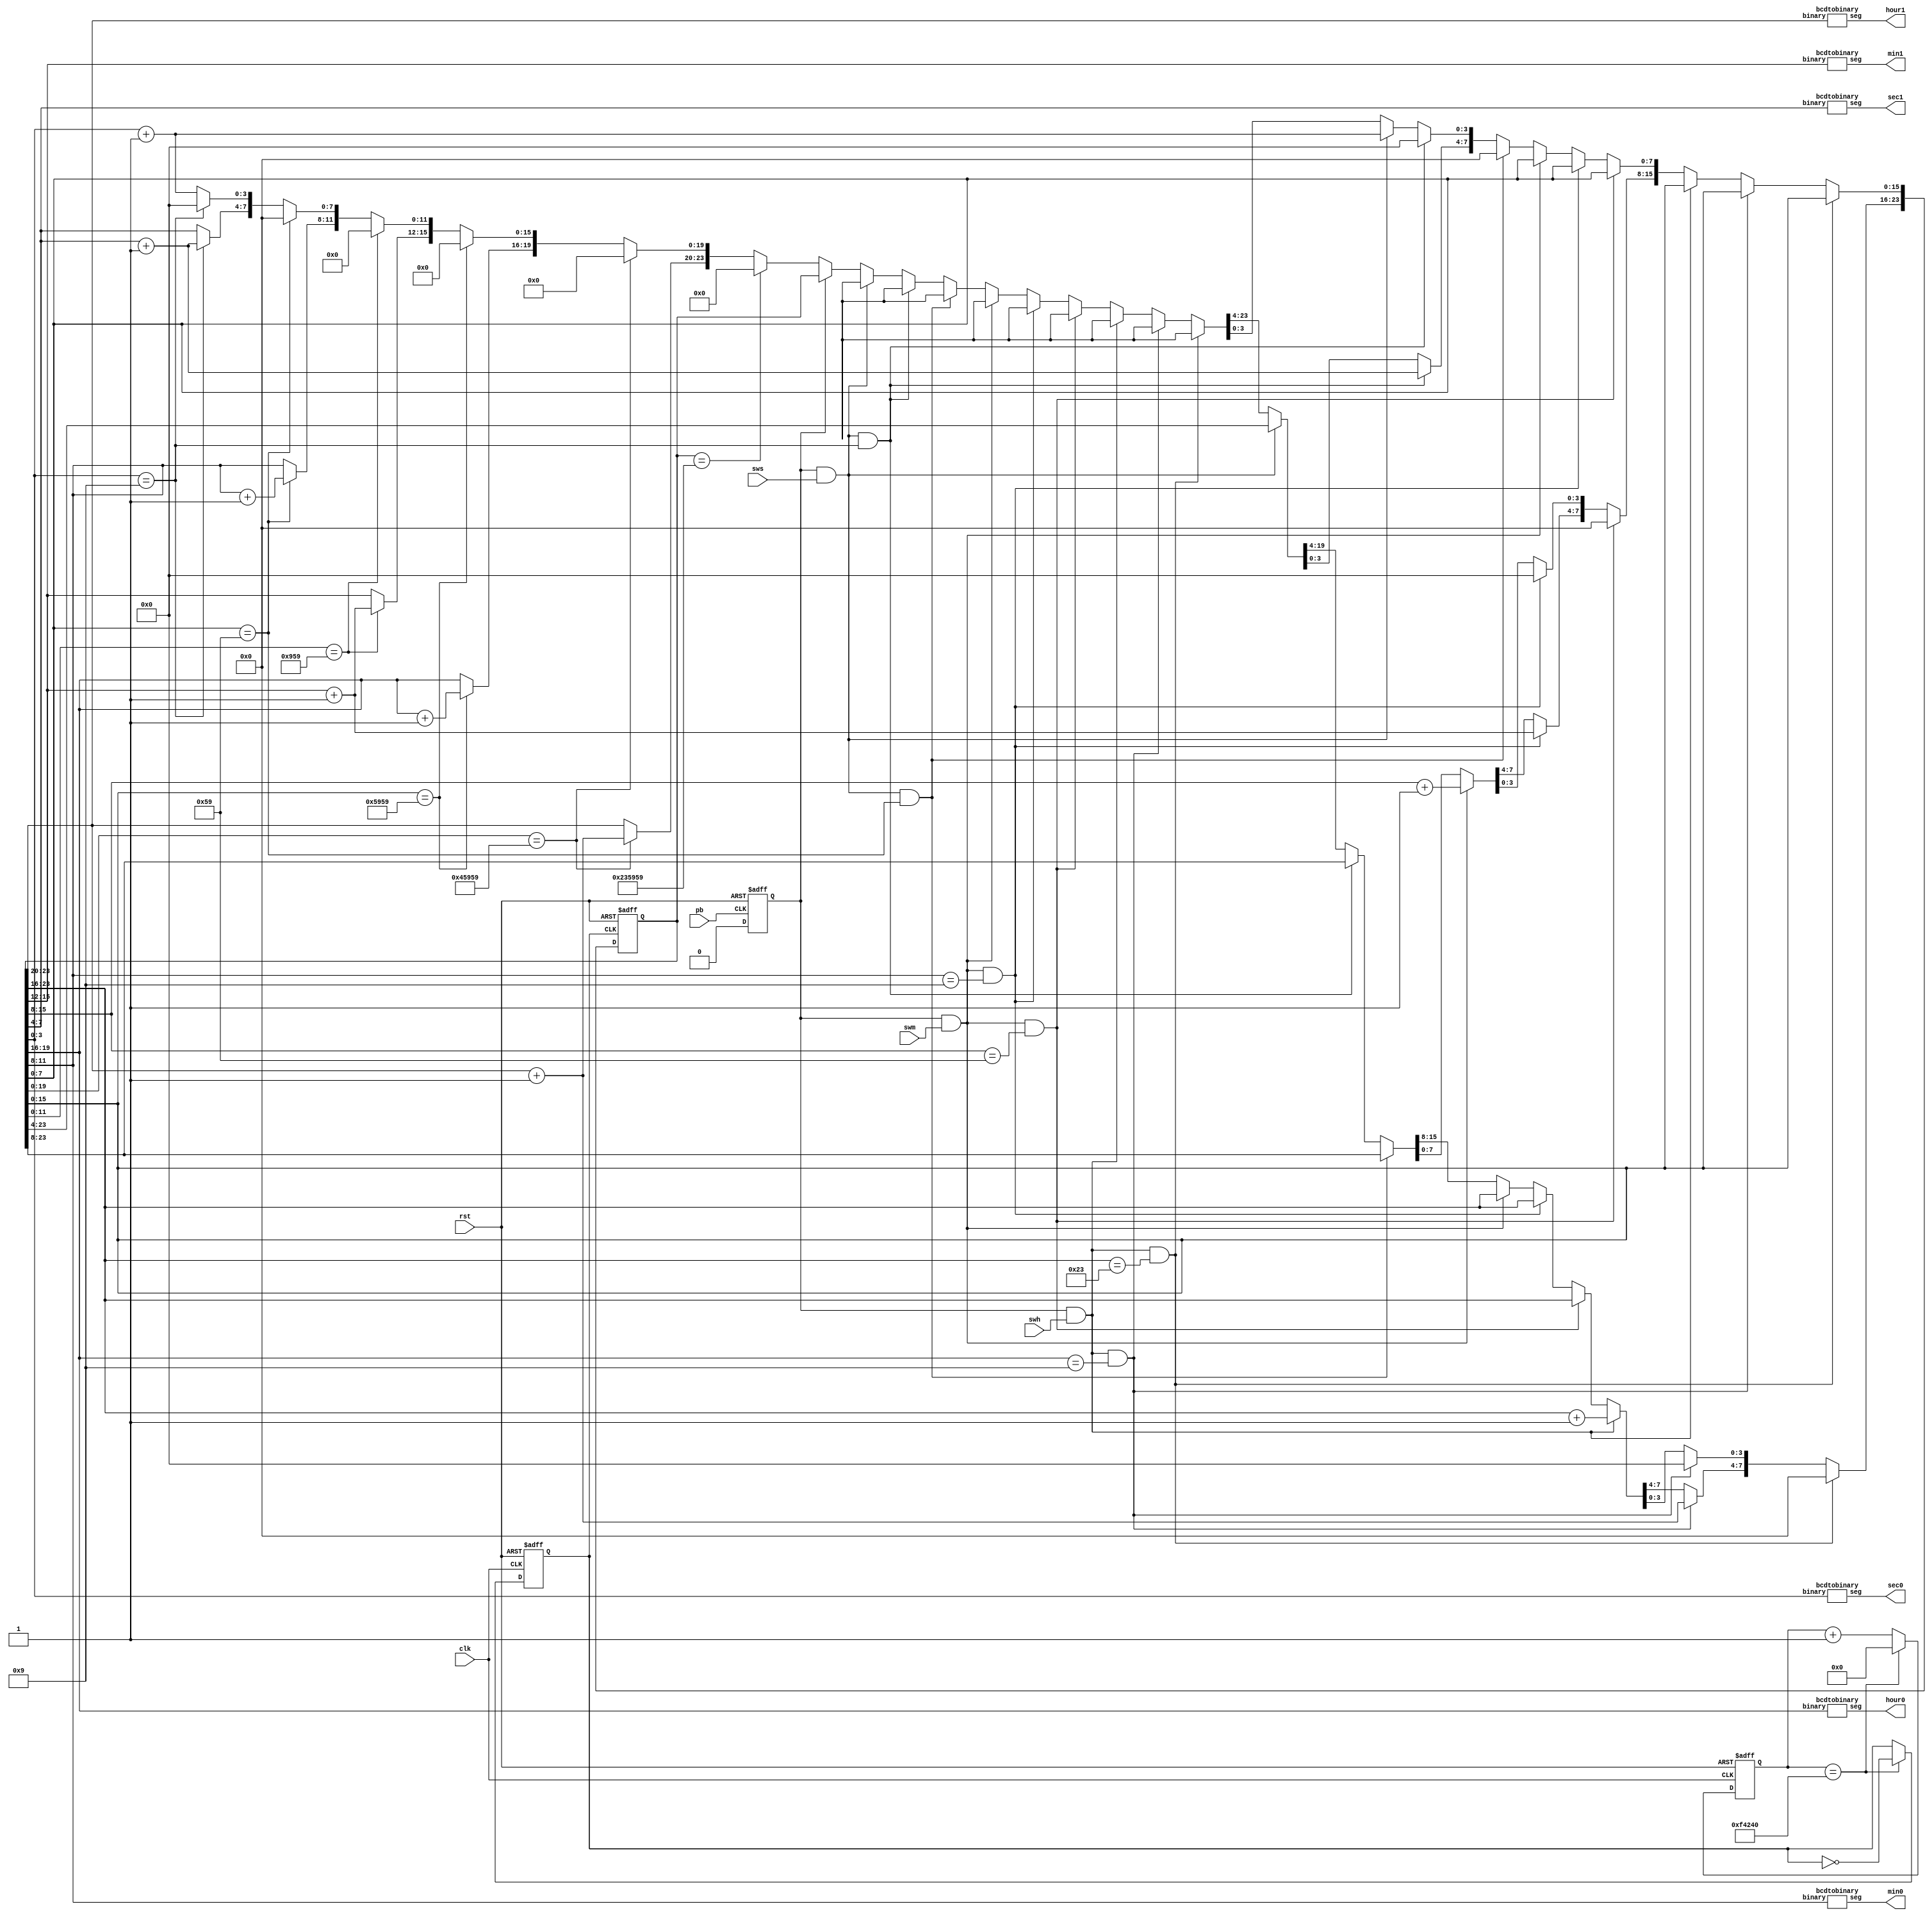
module timer(clk,rst,hour1,hour0,min1,min0,sec1,sec0,pb,swh,swm,sws);
	input clk,rst,pb,swh,swm,sws;
	output [6:0]hour1,hour0,min1,min0,sec1,sec0;
	reg [5:0]hour,min,sec;
	reg clk1;
	reg [24:0]count;
	reg stop;
	reg stoph,stopm,stops;
	reg [23:0] bcdcounter;
	reg [7:0] bcdh,bcdm,bcds;
	//reduce the frenquency
	always@(posedge clk or negedge rst)begin
		if(rst==1'b0)begin
			count=0;
			clk1=0;
		end
		else if(count==1000000)begin
			count=0;
			clk1=~clk1;
		end
		else count=count+1;
	end
	
	always@(negedge rst or negedge pb)begin
		if(rst==1'b0) stop=1;
		else stop=0;
	end
	
	always@(posedge clk1 or negedge rst)begin
		if(~rst)bcdcounter=0;
		//hour increase
		else if(stop==1&&swh==1&&bcdcounter[23:16]==8'h23)bcdcounter[23:16]=0;
		else if(stop==1&&swh==1&&bcdcounter[19:16]==4'h9)begin
			bcdcounter[19:16]=0;
			bcdcounter[23:20]=bcdcounter[23:20]+1;
		end
		else if(stop==1&&swh==1)bcdcounter[23:16]<=bcdcounter[23:16]+1;
		//minute increase
		else if(stop==1&&swm==1&&bcdcounter[15:8]==8'h59)bcdcounter[15:8]=0;
		else if(stop==1&&swm==1&&bcdcounter[11:8]==4'h9)begin
			bcdcounter[11:8]=0;
			bcdcounter[15:12]=bcdcounter[15:12]+1;
		end
		else if(stop==1&&swm==1)bcdcounter[15:8]<=bcdcounter[15:8]+1;
		//second increase
		else if(stop==1&&sws==1&&bcdcounter[7:0]==8'h59)bcdcounter[7:0]=0;
		else if(stop==1&&sws==1&&bcdcounter[3:0]==4'h9)begin
			bcdcounter[3:0]=0;
			bcdcounter[7:4]=bcdcounter[7:4]+1;
		end
		else if(stop==1&&sws==1)bcdcounter[3:0]<=bcdcounter[3:0]+1;
		else if(stop==1)bcdcounter=bcdcounter;
		else if(bcdcounter==24'h235959)bcdcounter=0;
		else if(bcdcounter[19:0]==20'h45959) begin
			bcdcounter[19:0]=0;
			bcdcounter[23:20]=bcdcounter[23:20]+1;
		end
		else if (bcdcounter[15:0]==16'h5959)begin
			bcdcounter[19:16]=bcdcounter[19:16]+1;
			bcdcounter[15:0]=0;
		end
		else if (bcdcounter[11:0]==12'h959)begin
				bcdcounter[15:12]=bcdcounter[15:12]+1;
				bcdcounter[11:0]=0;
		end
		else if(bcdcounter[7:0]==8'h59)begin
			bcdcounter[11:8]=bcdcounter[11:8]+1;
			bcdcounter[7:0]=0;
		end
		else if (bcdcounter[3:0]==4'h9)begin
			bcdcounter[7:4]=bcdcounter[7:4]+1;
			bcdcounter[3:0]=0;
		end
		else bcdcounter[3:0]=bcdcounter[3:0]+1;
	end
	bcdtobinary o1(.binary(bcdcounter[3:0]),.seg(sec0));
	bcdtobinary o2(.binary(bcdcounter[7:4]),.seg(sec1));
	bcdtobinary o3(.binary(bcdcounter[11:8]),.seg(min0));
	bcdtobinary o4(.binary(bcdcounter[15:12]),.seg(min1));
	bcdtobinary o5(.binary(bcdcounter[19:16]),.seg(hour0));
	bcdtobinary o6(.binary(bcdcounter[23:20]),.seg(hour1));
endmodule

module bcdtobinary(binary,seg);
	input [3:0]binary;
	output [6:0]seg;
	reg [6:0]seg;
	always@(binary)begin
		case(binary)
			4'b0000:seg=7'b1000000;//0
			4'b0001:seg=7'b1111001;//1
			4'b0010:seg=7'b0100100;//2
			4'b0011:seg=7'b0110000;//3
			4'b0100:seg=7'b0011001;//4
			4'b0101:seg=7'b0010010;//5
			4'b0110:seg=7'b0000010;//6
			4'b0111:seg=7'b1111000;//7
			4'b1000:seg=7'b0000000;//8
			4'b1001:seg=7'b0011000;//9
			default:seg=7'b1111111;
		endcase
	end
endmodule